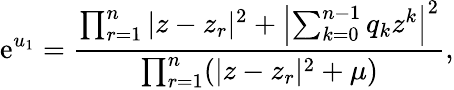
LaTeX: \mathrm{e}^{u_{1}}={\frac{\prod_{r=1}^{n}|z-z_{r}|^{2}+\left|\sum_{k=0}^{n-1}q_{k}z^{k}\right|^{2}}{\prod_{r=1}^{n}(|z-z_{r}|^{2}+\mu)}},